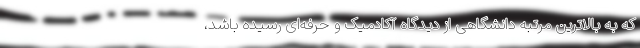
که به بالاترین مرتبه دانشگاهی از دیدگاه آکادمیک و حرفه‌ای رسیده باشد،